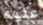
عليه